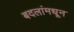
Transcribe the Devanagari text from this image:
बदलांमधून